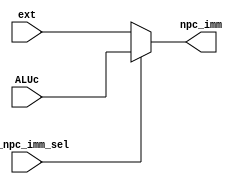
`timescale 1ns / 1ps
//////////////////////////////////////////////////////////////////////////////////
// Module Name: npc_imm_mux
// Description: 
//////////////////////////////////////////////////////////////////////////////////


module npc_imm_mux(
    input wire [31:0] ALUc,
    input wire [31:0] ext,
    input CU_npc_imm_sel,
    
    output wire [31:0] npc_imm

    );

    assign npc_imm = (CU_npc_imm_sel == 0) ? ext : ALUc;

endmodule